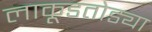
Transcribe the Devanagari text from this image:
लाकूडतोड्या